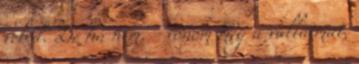
veled. De ha nem. - vonom meg a vállaimat,